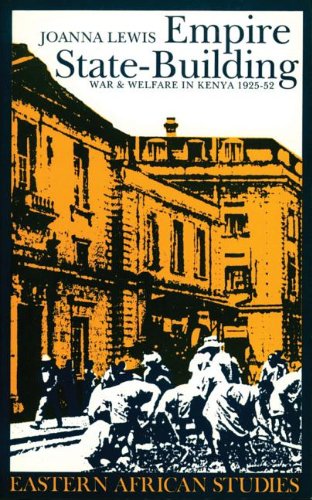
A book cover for Empire State-Building: War And Welfare In Kenya 1925-52 (Eastern African Studies); Joanna Lewis; History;